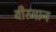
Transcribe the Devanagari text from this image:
वीस्मान